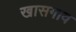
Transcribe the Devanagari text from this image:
खासगाव